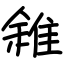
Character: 雓